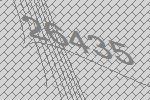
26435